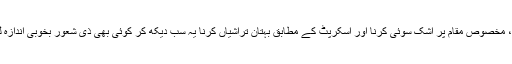
اپنے خوابیدہ ضمیر کو جگانے والوں کی باڈی لینگوئج ، الفاظ کا اتارچڑھاؤ، مخصوص مقام پر اشک سوئی کرنا اور اسکرپٹ کے مطابق بہتان تراشیاں کرنا یہ سب دیکھ کر کوئی بھی ذی شعور بخوبی اندازہ لگاسکتا ہے کہ یہ سازش کون کررہا ہے اور اس سازش کا مقصد کیا ہے ؟